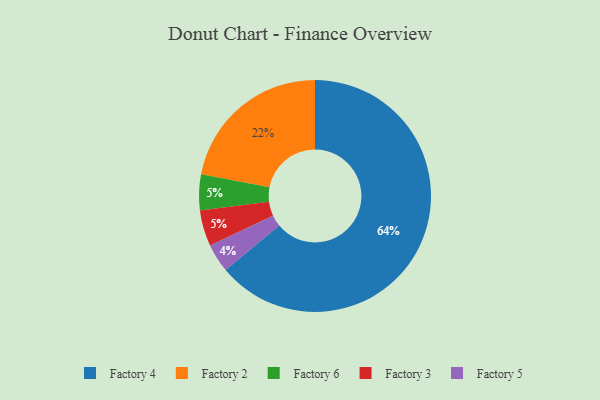
{"axis": {"x": "Category", "y": "Percentage"}, "legend": ["Factory 2", "Factory 3", "Factory 4", "Factory 5", "Factory 6"], "data": [{"x": "Factory 4", "y": 64, "type": "Factory 4"}, {"x": "Factory 5", "y": 4, "type": "Factory 5"}, {"x": "Factory 2", "y": 22, "type": "Factory 2"}, {"x": "Factory 6", "y": 5, "type": "Factory 6"}, {"x": "Factory 3", "y": 5, "type": "Factory 3"}]}